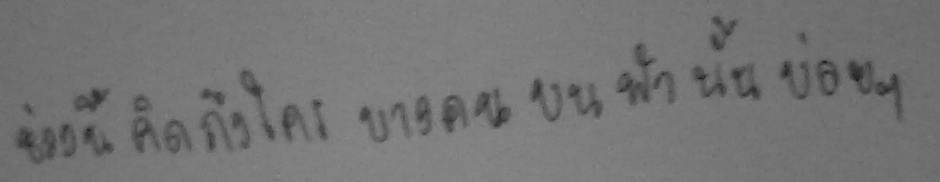
ช่วงนี้ คิดถึงใคร บางคน บน ฟ้า นั้น บ่อยๆ